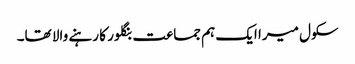
سکول میرا ایک ہم جماعت بنگلور کا رہنے والا تھا۔